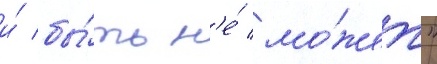
и́ бы́ть н'е́ мо́жет"